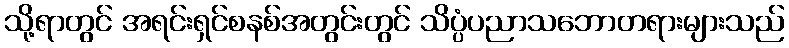
သို့ရာတွင် အရင်းရှင်စနစ်အတွင်းတွင် သိပ္ပံပညာသဘောတရားများသည်